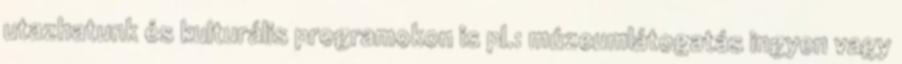
utazhatunk és kulturális programokon is pl.: múzeumlátogatás ingyen vagy